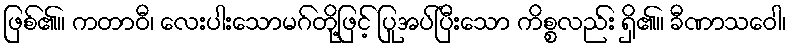
ဖြစ်၏။ ကတာဝီ၊ လေးပါးသောမဂ်တို့ဖြင့် ပြုအပ်ပြီးသော ကိစ္စလည်း ရှိ၏။ ခီဏာသဝေါ၊